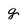
Character: g